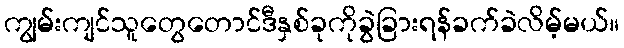
ကျွမ်းကျင်သူတွေတောင်ဒီနှစ်ခုကိုခွဲခြားရန်ခက်ခဲလိမ့်မယ်။